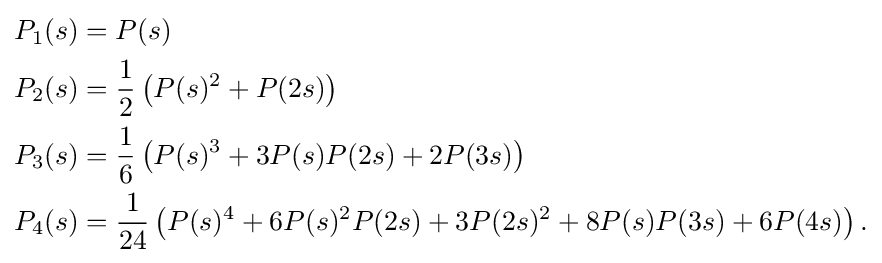
{\begin{aligned}P_{1}(s)&=P(s)\\P_{2}(s)&={\frac {1}{2}}\left(P(s)^{2}+P(2s)\right)\\P_{3}(s)&={\frac {1}{6}}\left(P(s)^{3}+3P(s)P(2s)+2P(3s)\right)\\P_{4}(s)&={\frac {1}{24}}\left(P(s)^{4}+6P(s)^{2}P(2s)+3P(2s)^{2}+8P(s)P(3s)+6P(4s)\right).\end{aligned}}